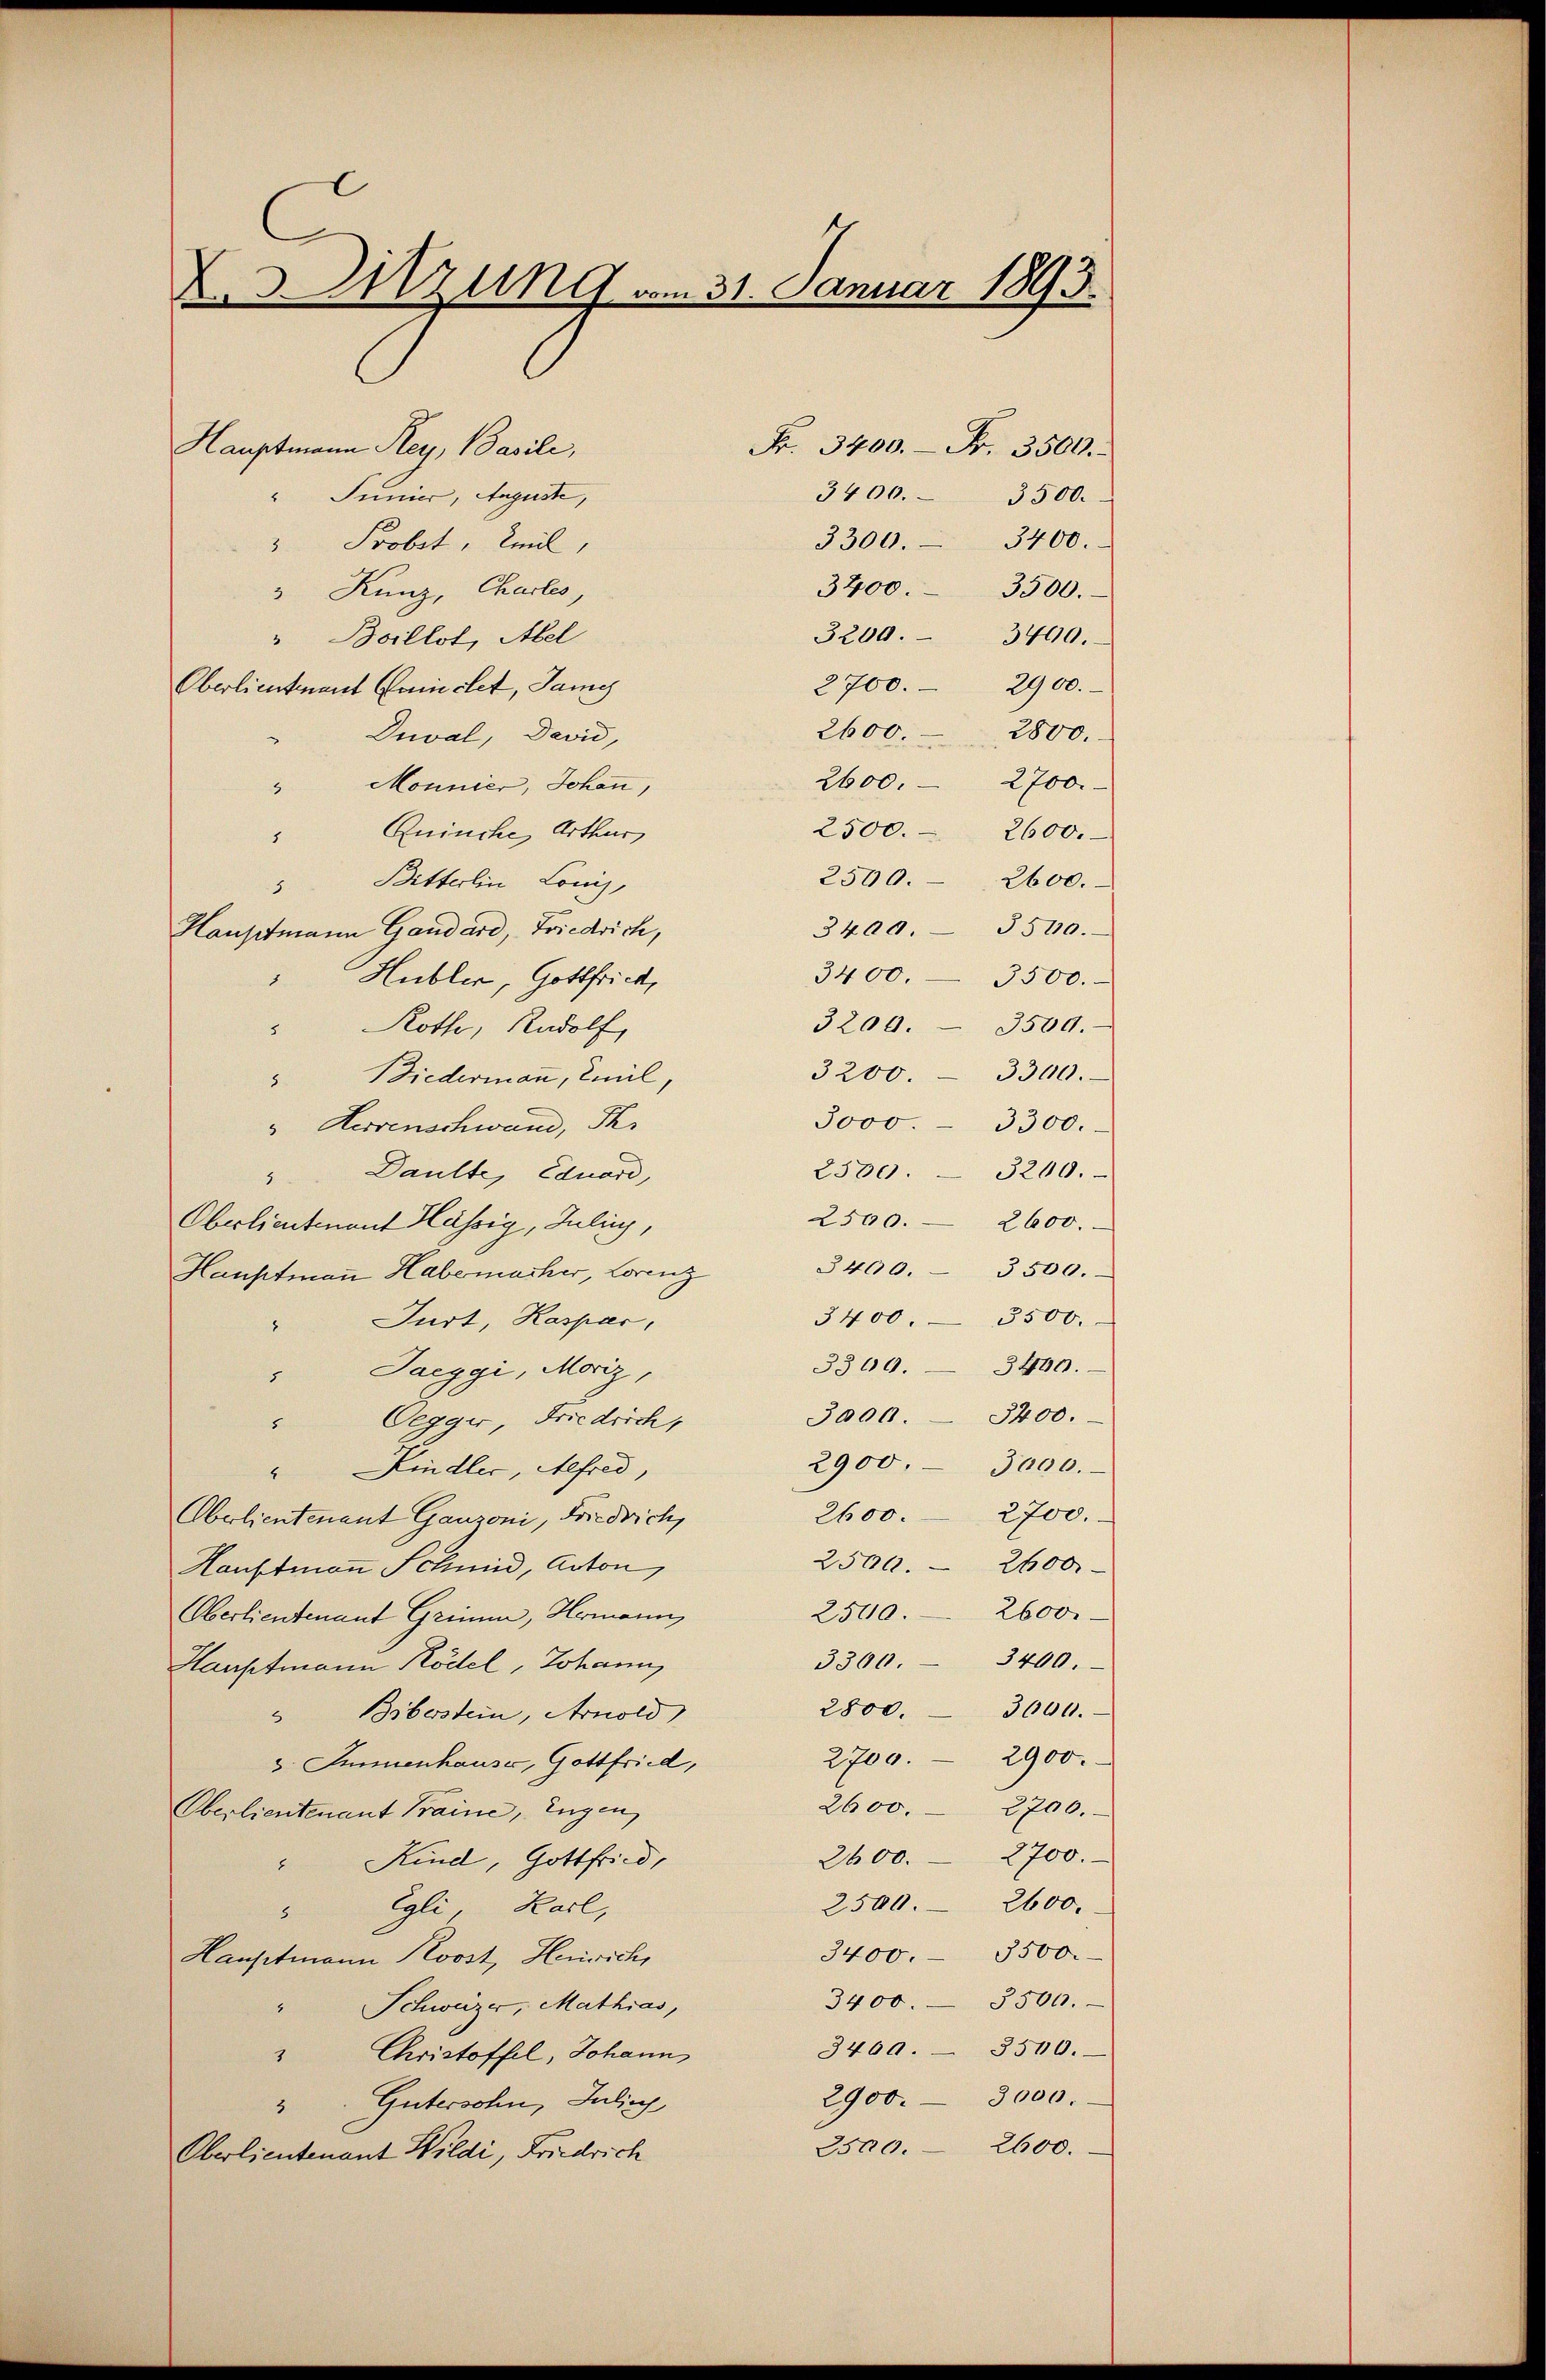
X.Mzung vom 31. Januar 1893.

Hauptmann Rey, Basili,
3400. 3500.
" Inner, Auguste,
3300. 3400.
" Probet, Emil,
3 Kunz, Chartes,
" Boillot, Abel
Oberlieutnant Conclet, Jany
2600. 2800.
Duval, David,
2600. 2700.
Monnier, Johann
4
Quinche, Arthur,
2
Bitterlin Lonis,
3
Hauptmann Gandard, Friedrich,
Hubler, Gottfried,
3200. 3500.
Roth, Rudolf,
8
3200. 3300.
" Biedermann, Emil,
" Hessenschwand, Ihr
"Daulte, Eduard,
2500. 2600.
Oberlieutenant Hässig, Julii,
3400. 3500.
Hauptmann Habemacher, Lorenz
3400. 3500.
Jurt, Kaspar,
1
" Jaeggi, Moriz,
3000. 3400.
Oegger, Friedrich,
5
" Kindler, Alfred,
2600. 2700.
Obelientenant Ganzoni, Friedrich,
2500. 2600.
Hauptmann Schmid, Anton,
2500. 2600.
Oberlieutenant Grimm, Hermann,
3300. 3400.
Hauptmann Rödel, Johann,
Biborstein, Arnold
3. Sinnenhause, Gottfried,
2600. 2700.
Oberlieutenant Traine, Eugen
" Kind, Gottfried,
" Egli, Karl,
Hauptmann Koost, Heinrich,
Schweizer, Mathias,
" Christoffel, Johann
2900.
Gütersohn, Julich
2500. 2600.
Oberlieutenant Wildi, Friedrich

Fr. 3400. Fr. 3500.
3400. 3500.
3200. 3400.
2700. 2900.
2500. 2600.
2500. 2600.
3400. 3500.
3400. 3500.
3000. 3300.
2300. 3200.
3300. 3400.
2900. 3000.
2800. 3600.
2700. 2900.
2600. 2700.
2500. 2600.
3400. 3500.
3400. 3500.
3400. 3500.
3000.